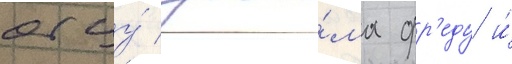
отцу́ джи́ма фр'еду и́